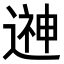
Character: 𨕫